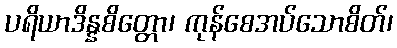
ပရိယာဒိန္နစိတ္တော၊ ကုန်စေအပ်သောစိတ်၊